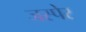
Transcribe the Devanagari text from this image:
जस्पेर